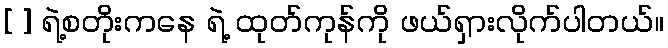
[ ] ရဲ့စတိုးကနေ ရဲ့ ထုတ်ကုန်ကို ဖယ်ရှားလိုက်ပါတယ်။